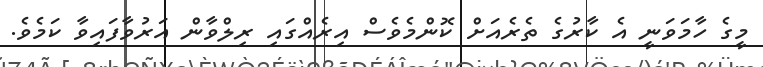
މީގެ ހާމަވަނީ އެ ކާރުގެ ތެރެއަށް ކޮންމެވެސް އިރެއްގައި ރިލްވާން އަރުވާފައިވާ ކަމެވެ.